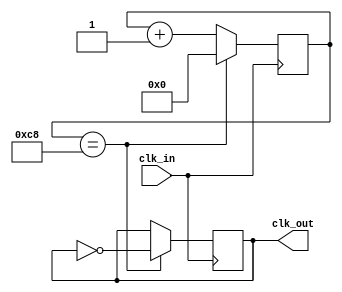
`timescale 1ns / 1ps
//////////////////////////////////////////////////////////////////////////////////
// Company: 
// Engineer: 
// 
// Design Name: 
// Module Name:    Clock 
// Project Name: 
// Target Devices: 
// Tool versions: 
// Description: 
//
// Dependencies: 
//
// Revision: 
// Revision 0.01 - File Created
// Additional Comments: 
//
//////////////////////////////////////////////////////////////////////////////////
module Clock(
		input clk_in,
		output reg clk_out
		);
		
		
		reg [7:0] counter = 0;
		initial clk_out <= 0;

		always@(posedge clk_in)
			begin
				if(counter == 200)
					begin
						clk_out <= ~clk_out;
						counter = 0;
					end
				else
					begin
						counter = counter + 1;
					end

			end
			
endmodule